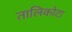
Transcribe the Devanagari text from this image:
तालिकोटा